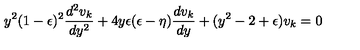
y ^ { 2 } ( 1 - \epsilon ) ^ { 2 } \frac { d ^ { 2 } v _ { k } } { d y ^ { 2 } } + 4 y \epsilon ( \epsilon - \eta ) \frac { d v _ { k } } { d y } + ( y ^ { 2 } - 2 + \epsilon ) v _ { k } = 0